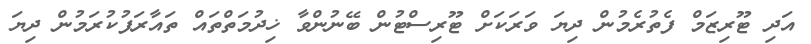
އަދި ޓޫރިޒަމް ފެތުރެމުން ދިޔަ ވަރަކަށް ޓޫރިސްޓުންް ބޭނުންވާ ޚިދުމަތްތައް ތައާރަފުކުރަމުން ދިޔަ